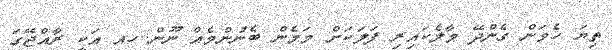
ތިޔަ ހެވަން ގެންދޭ މާލެކައިރި ފަލަކަށް މަމެން ބެނުންމެއް ނޫން..ހއ އަކީ ރާއްޖޭގަ